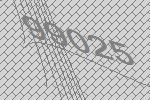
99025